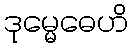
ဒုမ္မေဓေဟိ